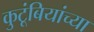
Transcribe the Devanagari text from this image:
कुटूंबियांच्या